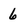
Character: 6